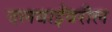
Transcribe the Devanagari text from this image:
दलवाईंवरील